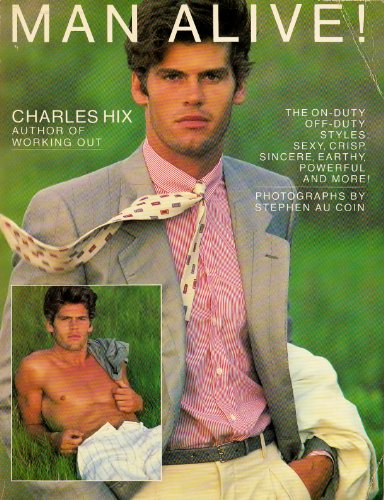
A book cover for Man Alive!: Dressing the Free Way; Charles Hix; Health, Fitness & Dieting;